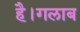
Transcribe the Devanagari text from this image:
है।गलाब